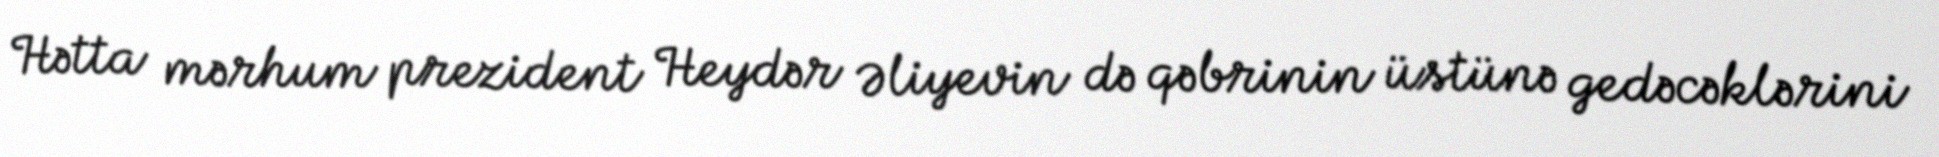
Hətta mərhum prezident Heydər Əliyevin də qəbrinin üstünə gedəcəklərini